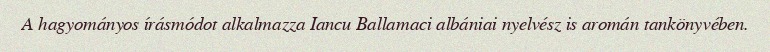
A hagyományos írásmódot alkalmazza Iancu Ballamaci albániai nyelvész is aromán tankönyvében.